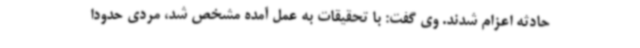
حادثه اعزام شدند. وی گفت: با تحقیقات به عمل آمده مشخص شد، مردی حدودا